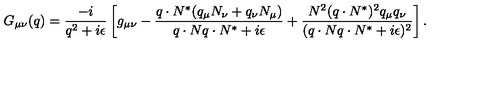
G _ { \mu \nu } ( q ) = \frac { - i } { q ^ { 2 } + i \epsilon } \left[ g _ { \mu \nu } - \frac { q \cdot N ^ { \ast } ( q _ { \mu } N _ { \nu } + q _ { \nu } N _ { \mu } ) } { q \cdot N q \cdot N ^ { \ast } + i \epsilon } + \frac { N ^ { 2 } ( q \cdot N ^ { \ast } ) ^ { 2 } q _ { \mu } q _ { \nu } } { ( q \cdot N q \cdot N ^ { \ast } + i \epsilon ) ^ { 2 } } \right] .